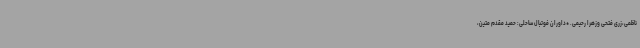
ناظمی،زری فتحی وزهرا رحیمی. *داوران فوتبال ساحلی: حمید مقدم متین،